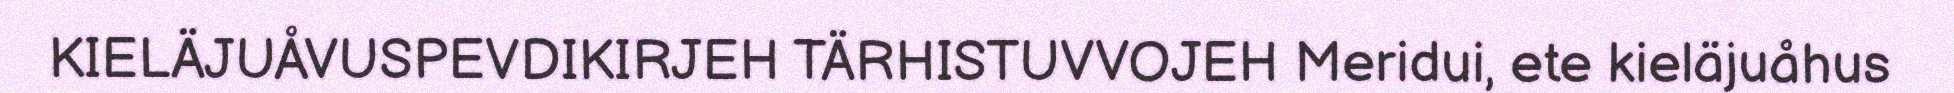
KIELÄJUÅVUSPEVDIKIRJEH TÄRHISTUVVOJEH Meridui, ete kieläjuåhus